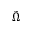
\tilde { \Omega }